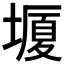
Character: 𡐯